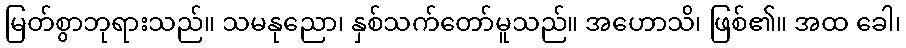
မြတ်စွာဘုရားသည်။ သမနုညော၊ နှစ်သက်တော်မူသည်။ အဟောသိ၊ ဖြစ်၏။ အထ ခေါ၊